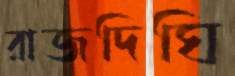
রাজদিঘি